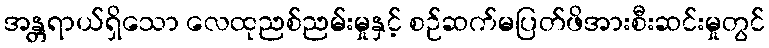
အန္တရာယ်ရှိသော လေထုညစ်ညမ်းမှုနှင့် စဉ်ဆက်မပြတ်ဖိအားစီးဆင်းမှုတွင်